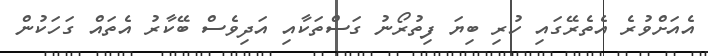
އެއަށްވުރެ އެތެރޭގައި ހުރި ބިޔަ ފިތުރޯނު ގަސްތަކާއި އަދިވެސް ބޭކާރު އެތައް ގަހަކުން